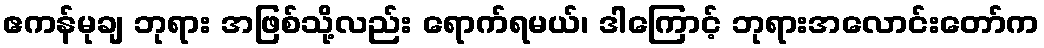
ဧကန်မုချ ဘုရား အဖြစ်သို့လည်း ရောက်ရမယ်၊ ဒါကြောင့် ဘုရားအလောင်းတော်က